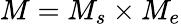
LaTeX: M=M_{s}\times M_{e}